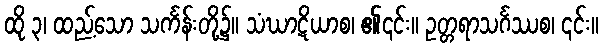
ထို ၃၊ ထည့်သော သင်္ကန်းတို့၌။ သံဃာဋိယာစ၊ ၏၎င်း။ ဥတ္တရာသင်္ဂဿစ၊ ၎င်း။